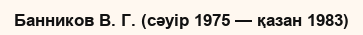
Банников В. Г. (сәуір 1975 — қазан 1983)